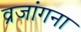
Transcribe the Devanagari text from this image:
व्रजांगना